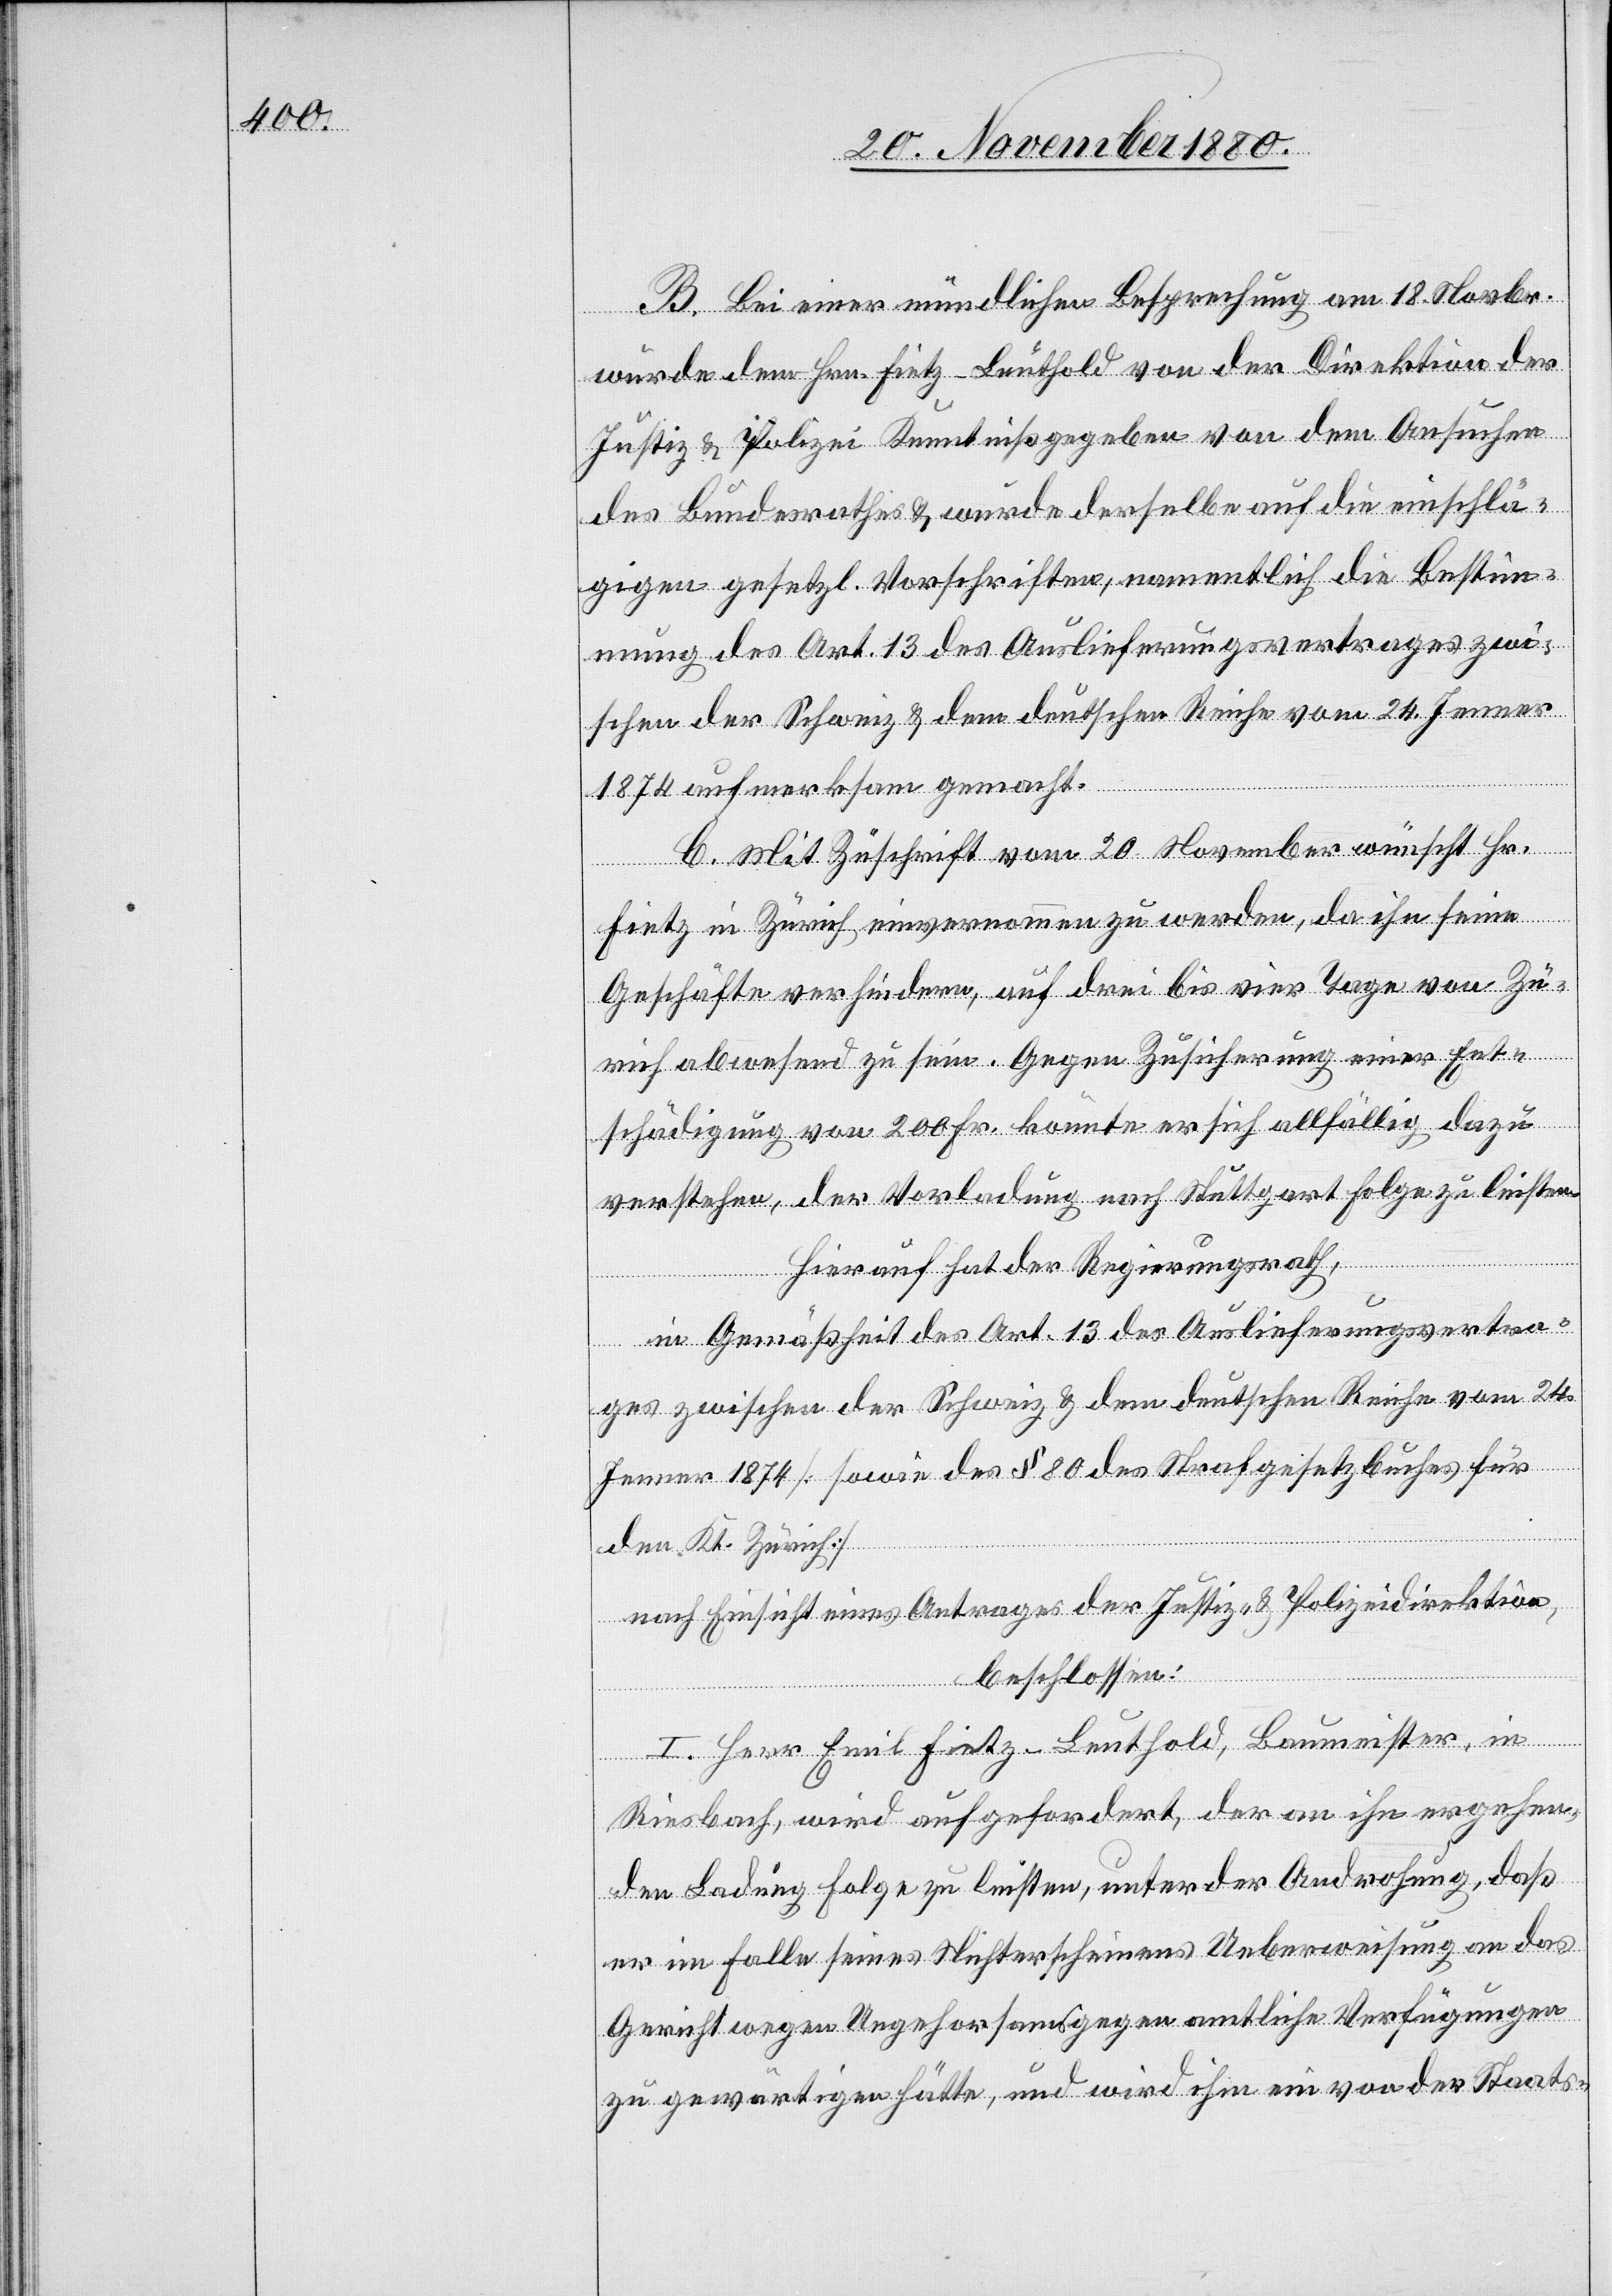
B. Bei einer mündlichen Besprechung am 18. Novbr.
wurde dem Hrn. Fietz-Leuthold von der Direktion der
Justiz & Polizei Kenntniß gegeben von dem Ansuchen
des Bundesrathes & wurde derselbe auf die einschlä¬
gigen gesetzl. Vorschriften, namentlich die Bestim¬
mung des Art. 13 des Auslieferungsvertrages zwi¬
schen der Schweiz & dem deutschen Reiche vom 24. Jenner
1874 aufmerksam gemacht.
C. Mit Zuschrift vom 20. November wünscht Hr.
Fietz in Zürich einvernommen zu werden, da ihn seine
Geschäfte verhindern, auf drei bis vier Tage von Zü¬
rich abwesend zu sein. Gegen Zusicherung einer Ent¬
schädigung von 200 Fr. könnte er sich allfällig dazu
verstehen, der Vorladung nach Stuttgart Folge zu leisten.
Hierauf hat der Regierungsrath,
in Gemäßheit des Art. 13 des Auslieferungsvertra¬
ges zwischen der Schweiz & dem deutschen Reiche vom 24.
Jenner 1874 [sowie des § 80 des Strafgesetzbuches für
den Kt. Zürich]
nach Einsicht eines Antrages der Justiz- & Polizeidirektion,
beschlossen:
I. Herr Emil Fietz-Leuthold, Baumeister, in
Riesbach, wird aufgefordert, der an ihn ergehen¬
den Ladung Folge zu leisten, unter der Androhung, daß
er im Falle seines Nichterscheinens Ueberweisung an das
Gericht wegen Ungehorsams gegen amtliche Verfügungen
zu gewärtigen hätte, und wird ihm ein von der Staats-